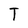
Character: T